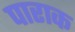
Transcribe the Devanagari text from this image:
पाराक